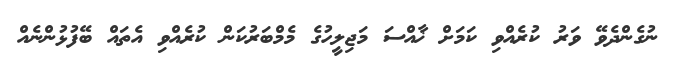
ނުގެންދެވޭ ވަރު ކުރެއްވި ކަމަށް ޚާއްސަ މަޖިލީހުގެ މެމްބަރުކަން ކުރެއްވި އެތައް ބޭފުޅުންނެއް